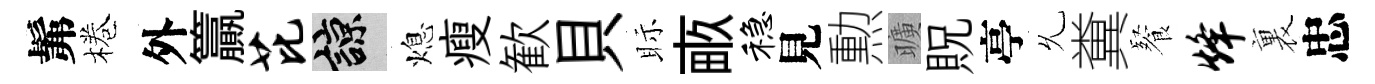
髴棬外籯芘諒熄瘦歓貝眎畞稳見勲曠貺亭𠃔糞餐烽裏忠